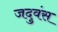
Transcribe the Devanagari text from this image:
जदुवंस